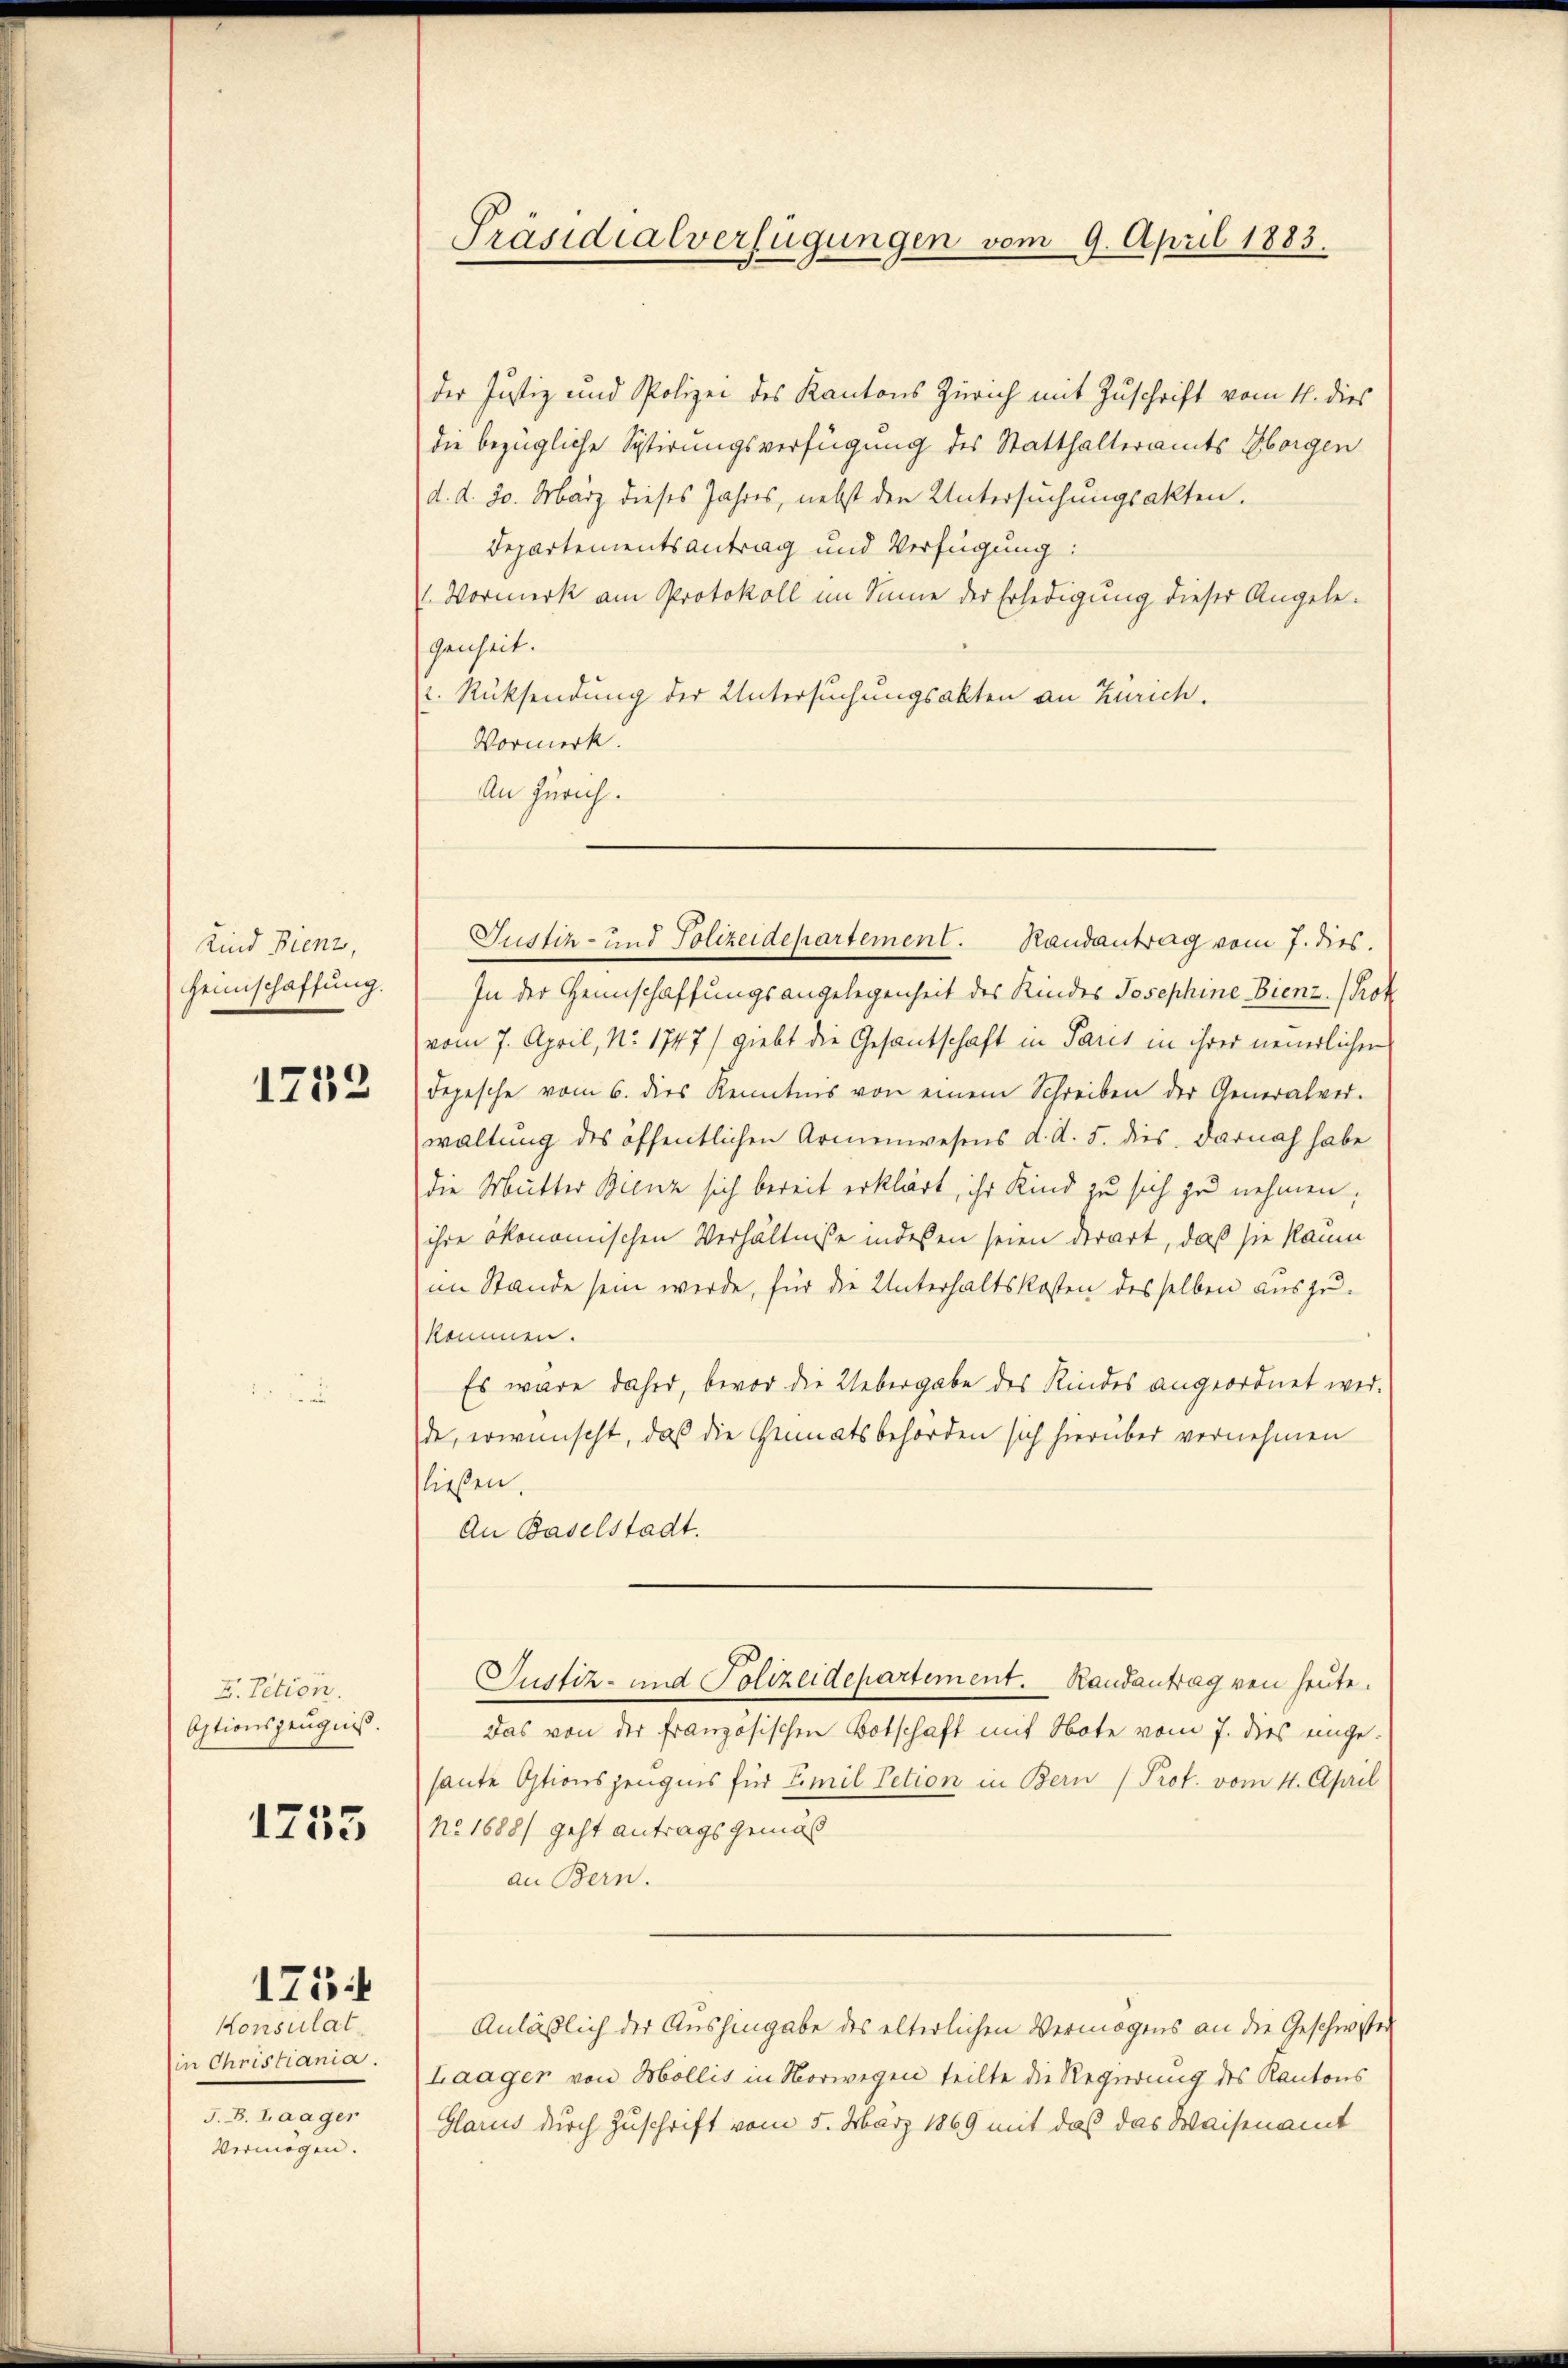
Kind Bienz,
Heimschaffung.

1752

F. Tition.
Aptionszeugniß.

1755

Konsulat
in Christiania.
J. B. Laager
Vermögen.

175

Präsidialverfügungen vom 9. April 1883.

der Justiz und Polizei des Kantons Zürich mit Zuschrift vom 11. dies
die bezügliche Sptirungsverfügung des Statthalteramts Horgen
d. d. 20. März dieses Jahres, nebst den Untersuchungsakten.
Departementsantrag und Verfügung:
 Vormerk am Protokoll im Sinne der Erledigung dieser Angelegenheit.
r. Rücksendung der Untersuchungsakten an Zürich.
Vormerk.
An Zürich.
In der Heimschaffungsangelegenheit des Kindes Josephine Bienz. (Prof.
vom 7. April, No. 1747) giebt die Gesantschaft in Paris in ihrer neuerlichen
Depesche vom 6. dies Kenntnis von einem Schreiben der Generalver-
waltung des öffentlichen Armenwesens d. d. 5. dies darnach habe
die Mutter Bienz sich bereit erklärt, ihr Kind zu sich zu nehmen,
ihre ökonomischen Verhältnisse indeßen seien derart, daß sie kaum
im Stande sein werde, für die Unterhaltskosten desselben auszu-
kommen.
Es wäre daher, bevor die Uebergabe des Kindes angeordnet werde, erwünscht, daß die Genatsbehörden sich hierüber vernehmen
ließen.
An Baselstadt.
Justiz- und Polizeidepartement. Randantrag von heute.
Das von der Französischen Botschaft mit Note vom 7. dies eingehaute Optionszeugnis für Emil Petion in Bern (Prof. vom 1. April
No. 1688/ geht antrags gemäß
an Bern.
Anläßlich der Aushingabe des elterlichen Vermögens an die Geschwister
Laager von Mollis in Vorwegen teilte die Regierung des Kantons
Glarus durch Zuschrift vom 5. März 1869 mit das das Waisenamt

Justiz- und Polizeidepartement. Randantrag vom 7. dies